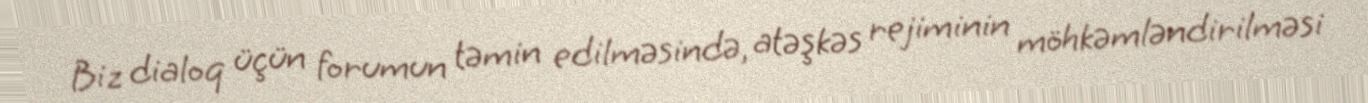
Biz dialoq üçün forumun təmin edilməsində, atəşkəs rejiminin möhkəmləndirilməsi